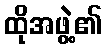
ထိုအဖွဲ့၏